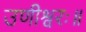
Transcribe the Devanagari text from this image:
उणीश्वरः॥